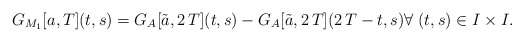
\begin{align*}G_{M_1}[a,T](t,s)= G_A[\tilde{a},2\,T](t,s)- G_A[\tilde{a},2\,T](2\,T-t,s) \forall \; (t,s)\in I\times I.\end{align*}